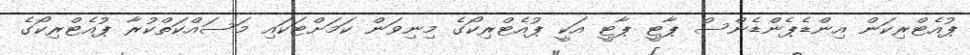
ޕުއެޓްރިކަން އިންޑެޕެންޑެންސް ޕާޓީ ޕާޓީ އަކީ ޕުއެޓްރިކޯގެ މިނިވަން ކަމަށްޓަކައި މަސައްކަތްކުރާ ޕުއެޓްރިކޯގެ